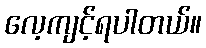
လေ့ကျင့်ရပါတယ်။